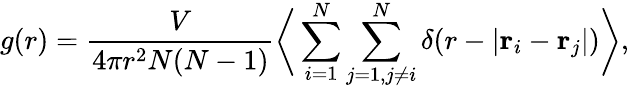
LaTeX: g(r)=\frac{V}{4\pi r^{2}N(N-1)}\bigg\langle\sum_{i=1}^{N}\sum_{j=1,j\neq i}^{N}\delta(r-|\mathbf{r}_{i}-\mathbf{r}_{j}|)\bigg\rangle,